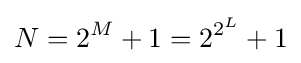
N=2^{M}+1=2^{2^{L}}+1